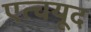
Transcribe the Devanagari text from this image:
एत्चयूद